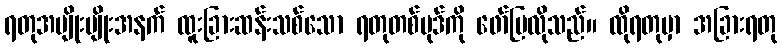
ရတုအမျိုးမျိုးအနက် ထူးခြားဆန်းသစ်သော ရတုတစ်ပုဒ်ကို ဖော်ပြလိုသည်။ ထိုရတုမှာ အခြားရတု